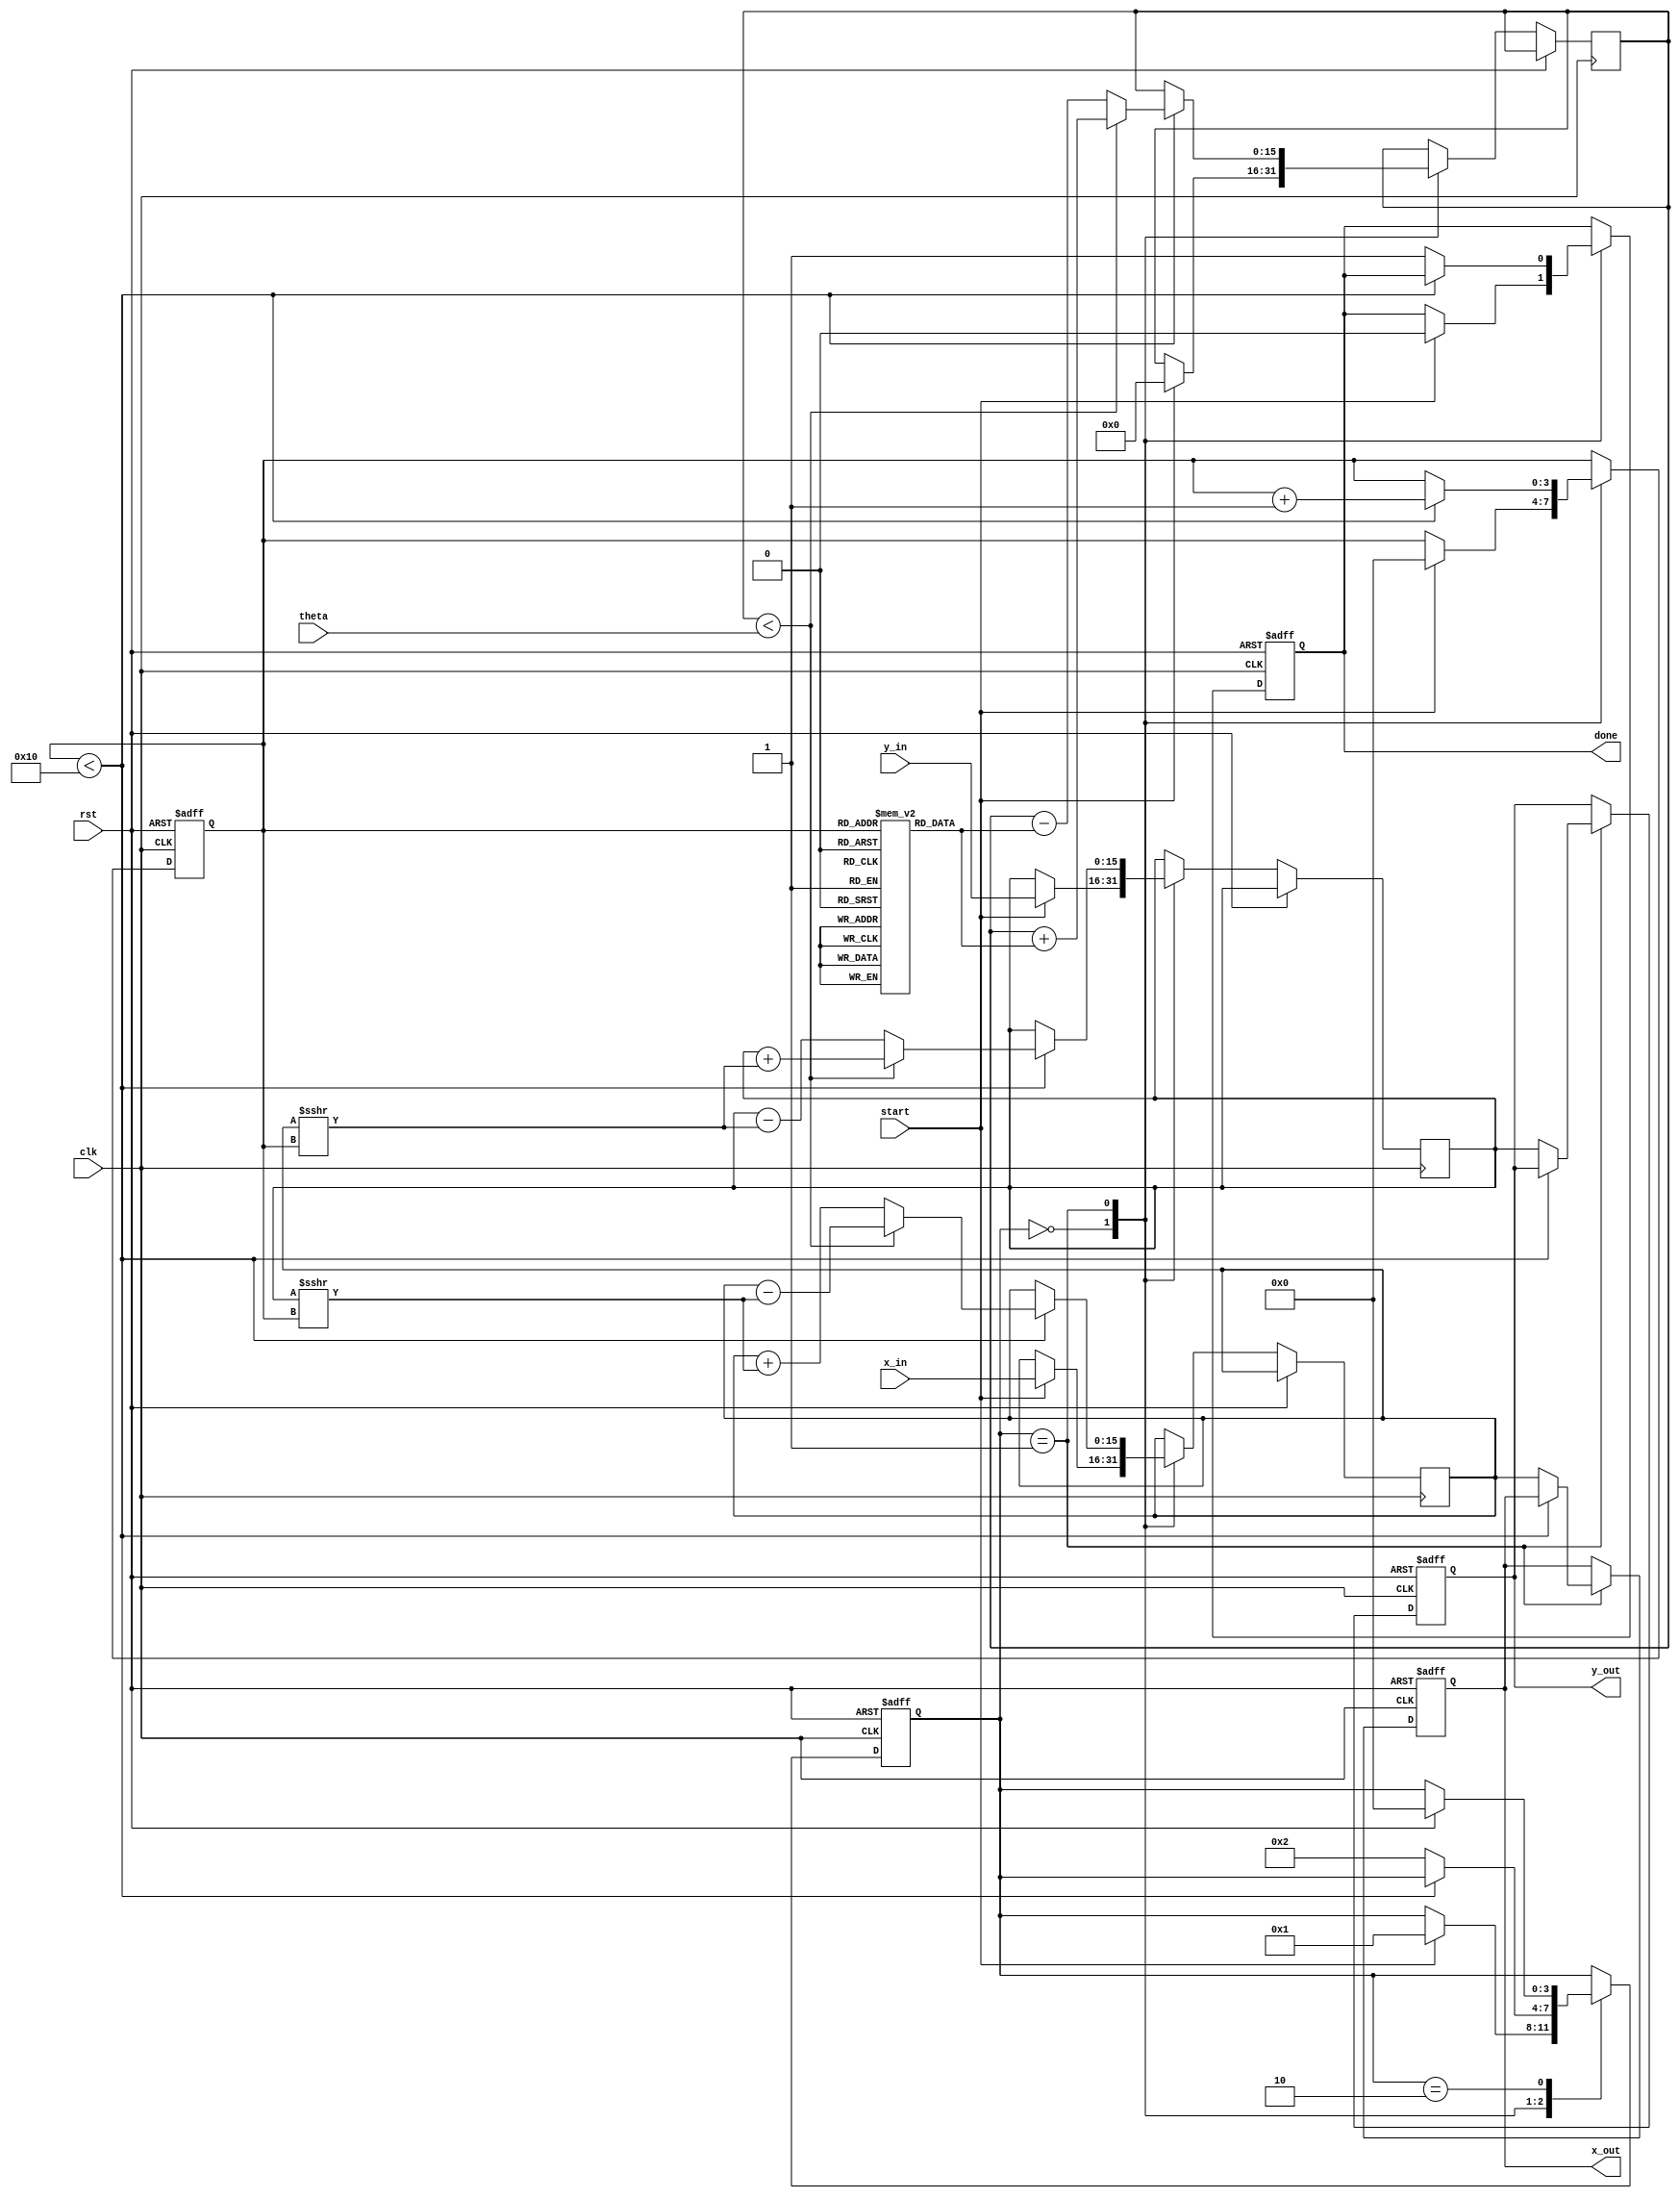
module cordic_2d (
    input wire clk,
    input wire rst,
    input wire start,
    input wire signed [15:0] x_in,   // Input X vector
    input wire signed [15:0] y_in,   // Input Y vector
    input wire signed [15:0] theta,   // Input angle in fixed-point
    output reg signed [15:0] x_out,   // Output X vector
    output reg signed [15:0] y_out,   // Output Y vector
    output reg done                   // Operation done signal
);

    // Parameters
    parameter NUM_ITERATIONS = 16; // Number of iterations
    parameter FIXED_POINT_SCALE = 16; // Fixed-point scale for rotation angles

    // Rotation angle table (in fixed-point format)
    reg signed [15:0] angle_table [0:NUM_ITERATIONS-1];
    initial begin
        angle_table[0] = 16'h2000; // atan(1/2^0)
        angle_table[1] = 16'h1666; // atan(1/2^1)
        angle_table[2] = 16'h0D89; // atan(1/2^2)
        angle_table[3] = 16'h0A3D; // atan(1/2^3)
        angle_table[4] = 16'h0523; // atan(1/2^4)
        angle_table[5] = 16'h028F; // atan(1/2^5)
        angle_table[6] = 16'h0145; // atan(1/2^6)
        angle_table[7] = 16'h00A2; // atan(1/2^7)
        angle_table[8] = 16'h0051; // atan(1/2^8)
        angle_table[9] = 16'h0028; // atan(1/2^9)
        angle_table[10] = 16'h0014; // atan(1/2^10)
        angle_table[11] = 16'h000A; // atan(1/2^11)
        angle_table[12] = 16'h0005; // atan(1/2^12)
        angle_table[13] = 16'h0002; // atan(1/2^13)
        angle_table[14] = 16'h0001; // atan(1/2^14)
        angle_table[15] = 16'h0000; // atan(1/2^15)
    end

    // State machine parameters
    reg [3:0] state;
    reg [3:0] iteration;
    reg signed [15:0] x_reg, y_reg;
    reg signed [15:0] current_angle;

    // State definitions
    localparam IDLE = 4'b0000;
    localparam RUNNING = 4'b0001;
    localparam DONE = 4'b0010;

    // Main process
    always @(posedge clk or posedge rst) begin
        if (rst) begin
            state <= IDLE;
            done <= 0;
            x_out <= 0;
            y_out <= 0;
            iteration <= 0;
        end else begin
            case (state)
                IDLE: begin
                    if (start) begin
                        x_reg <= x_in;
                        y_reg <= y_in;
                        current_angle <= 0;
                        iteration <= 0;
                        state <= RUNNING;
                        done <= 0;
                    end
                end

                RUNNING: begin
                    if (iteration < NUM_ITERATIONS) begin
                        // Determine direction of rotation
                        if (current_angle < theta) begin
                            // Counterclockwise rotation
                            x_reg <= x_reg - (y_reg >>> iteration);
                            y_reg <= y_reg + (x_reg >>> iteration);
                            current_angle <= current_angle + angle_table[iteration];
                        end else begin
                            // Clockwise rotation
                            x_reg <= x_reg + (y_reg >>> iteration);
                            y_reg <= y_reg - (x_reg >>> iteration);
                            current_angle <= current_angle - angle_table[iteration];
                        end
                        iteration <= iteration + 1;
                    end else begin
                        // Finished all iterations
                        x_out <= x_reg;
                        y_out <= y_reg;
                        done <= 1;
                        state <= DONE;
                    end
                end

                DONE: begin
                    // Stay in DONE state until reset
                    if (rst) begin
                        state <= IDLE;
                    end
                end
            endcase
        end
    end
endmodule